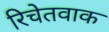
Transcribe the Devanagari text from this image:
रिचेतवाक